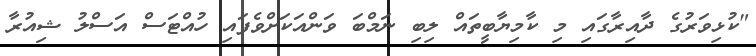
"ކުޅިވަރުގެ ދާއިރާގައި މި ކާމިޔާބީތައް ލިބި ނަމްބަ ވަންއަކަށްވެފައި ހުއްޓަސް އަސްލު ޝިއުރާ